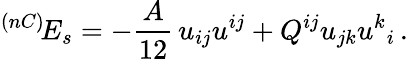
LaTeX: ^{(nC)}\! E_{s}=-\frac{A}{12}\, u_{ij}u^{ij}+Q^{ij}u_{jk}u^{k}{}_{i}\, .